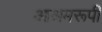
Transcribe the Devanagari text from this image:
आश्रमरूपी